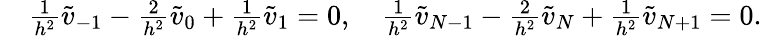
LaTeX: \begin{array}{rl}&{\frac{1}{h^{2}}\widetilde v_{-1}-\frac{2}{h^{2}}\widetilde v_{0}+\frac{1}{h^{2}}\widetilde v_{1}=0,\quad\frac{1}{h^{2}}\widetilde v_{N-1}-\frac{2}{h^{2}}\widetilde v_{N}+\frac{1}{h^{2}}\widetilde v_{N+1}=0.}\end{array}